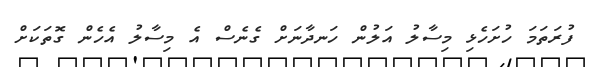
ފުރަތަމަ ހުށަހެޅި މިސާލު އަލުން ހަނދާނަށް ގެނެސް އެ މިސާލު އެހެން ގޮތަކަށް